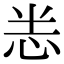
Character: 𭜧